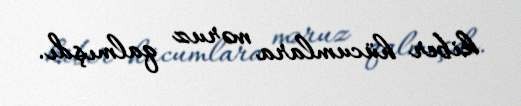
kiber hücumlara məruz qalmışdı.